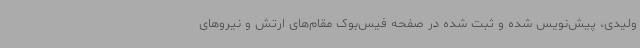
ولیدی، پیش‌نویس شده و ثبت شده در صفحه فیس‌بوک مقام‌های ارتش و نیروهای